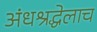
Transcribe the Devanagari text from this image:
अंधश्रद्धेलाच